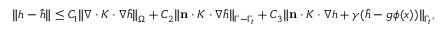
\begin{array} { r } { \| h - \hat { h } \| \leq C _ { 1 } \| \nabla \cdot K \cdot \nabla \hat { h } \| _ { \Omega } + C _ { 2 } \| \mathbf { n } \cdot K \cdot \nabla \hat { h } \| _ { \Gamma - \Gamma _ { t } } + C _ { 3 } \| \mathbf { n } \cdot K \cdot \nabla h + \gamma ( \hat { h } - g \phi ( x ) ) \| _ { \Gamma _ { t } } , } \end{array}